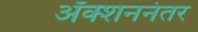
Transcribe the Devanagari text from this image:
अॅक्शननंतर